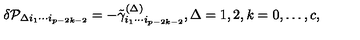
\delta { \cal P } _ { \Delta i _ { 1 } \cdots i _ { p - 2 k - 2 } } = - \tilde { \gamma } _ { i _ { 1 } \cdots i _ { p - 2 k - 2 } } ^ { ( \Delta ) } , \Delta = 1 , 2 , k = 0 , \ldots , c ,